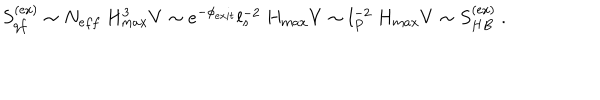
S _ { q f } ^ { ( \mathrm { e x } ) } \sim N _ { e f f } ~ H _ { m a x } ^ { 3 } V \sim e ^ { - \phi _ { e x i t } } l _ { s } ^ { - 2 } ~ H _ { m a x } V \sim l _ { P } ^ { - 2 } ~ H _ { m a x } V \sim S _ { H B } ^ { ( \mathrm { e x } ) } ~ .